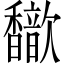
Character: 𫘃